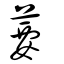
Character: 葽